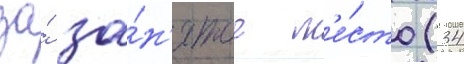
за́ за́н'ятое м'е́сто (34